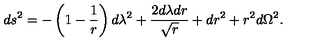
d s ^ { 2 } = - \left( 1 - { \frac { 1 } { r } } \right) d \lambda ^ { 2 } + { \frac { 2 d \lambda d r } { \sqrt { r } } } + d r ^ { 2 } + r ^ { 2 } d \Omega ^ { 2 } .